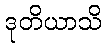
ဒုတိယာသိ